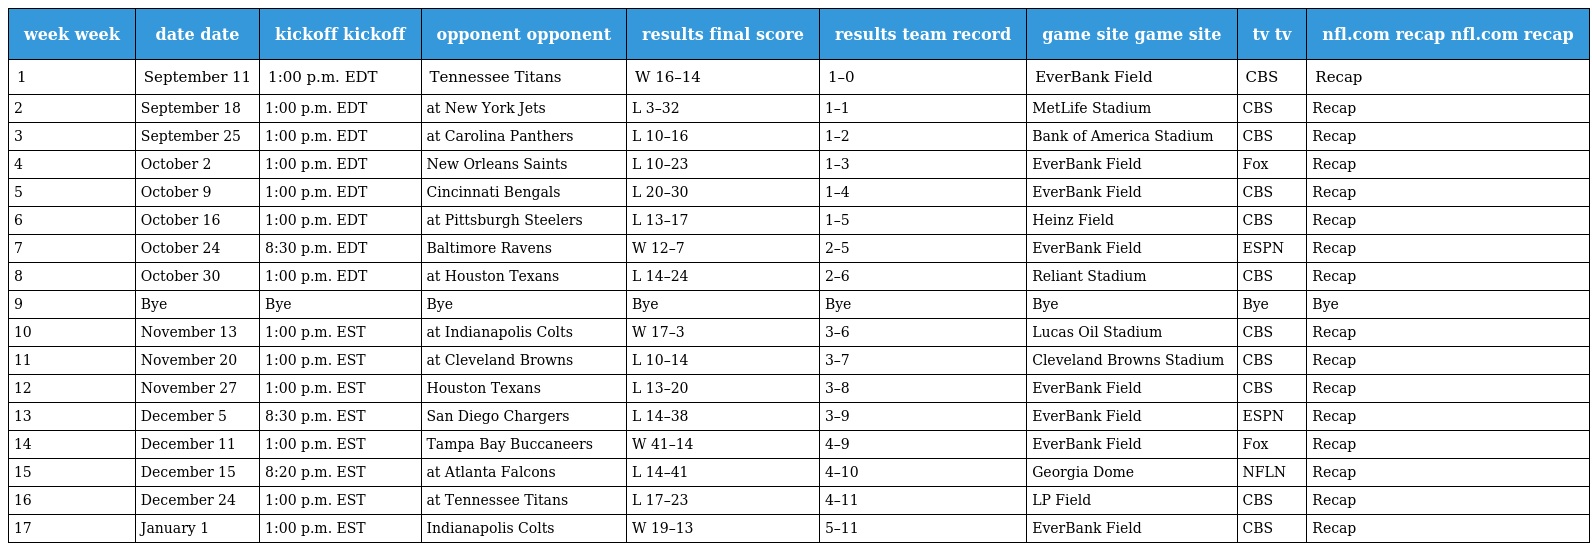
| week week | date date | kickoff kickoff | opponent opponent | results final score | results team record | game site game site | tv tv | nfl.com recap nfl.com recap |
 | --- | --- | --- | --- | --- | --- | --- | --- | --- |
 | 1 | September 11 | 1:00 p.m. EDT | Tennessee Titans | W 16–14 | 1–0 | EverBank Field | CBS | Recap |
 | 2 | September 18 | 1:00 p.m. EDT | at New York Jets | L 3–32 | 1–1 | MetLife Stadium | CBS | Recap |
 | 3 | September 25 | 1:00 p.m. EDT | at Carolina Panthers | L 10–16 | 1–2 | Bank of America Stadium | CBS | Recap |
 | 4 | October 2 | 1:00 p.m. EDT | New Orleans Saints | L 10–23 | 1–3 | EverBank Field | Fox | Recap |
 | 5 | October 9 | 1:00 p.m. EDT | Cincinnati Bengals | L 20–30 | 1–4 | EverBank Field | CBS | Recap |
 | 6 | October 16 | 1:00 p.m. EDT | at Pittsburgh Steelers | L 13–17 | 1–5 | Heinz Field | CBS | Recap |
 | 7 | October 24 | 8:30 p.m. EDT | Baltimore Ravens | W 12–7 | 2–5 | EverBank Field | ESPN | Recap |
 | 8 | October 30 | 1:00 p.m. EDT | at Houston Texans | L 14–24 | 2–6 | Reliant Stadium | CBS | Recap |
 | 9 | Bye | Bye | Bye | Bye | Bye | Bye | Bye | Bye |
 | 10 | November 13 | 1:00 p.m. EST | at Indianapolis Colts | W 17–3 | 3–6 | Lucas Oil Stadium | CBS | Recap |
 | 11 | November 20 | 1:00 p.m. EST | at Cleveland Browns | L 10–14 | 3–7 | Cleveland Browns Stadium | CBS | Recap |
 | 12 | November 27 | 1:00 p.m. EST | Houston Texans | L 13–20 | 3–8 | EverBank Field | CBS | Recap |
 | 13 | December 5 | 8:30 p.m. EST | San Diego Chargers | L 14–38 | 3–9 | EverBank Field | ESPN | Recap |
 | 14 | December 11 | 1:00 p.m. EST | Tampa Bay Buccaneers | W 41–14 | 4–9 | EverBank Field | Fox | Recap |
 | 15 | December 15 | 8:20 p.m. EST | at Atlanta Falcons | L 14–41 | 4–10 | Georgia Dome | NFLN | Recap |
 | 16 | December 24 | 1:00 p.m. EST | at Tennessee Titans | L 17–23 | 4–11 | LP Field | CBS | Recap |
 | 17 | January 1 | 1:00 p.m. EST | Indianapolis Colts | W 19–13 | 5–11 | EverBank Field | CBS | Recap |